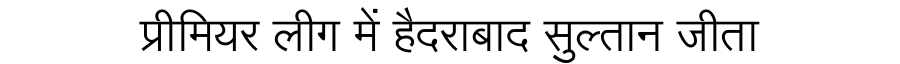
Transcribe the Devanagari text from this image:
प्रीमियर लीग में हैदराबाद सुल्तान जीता